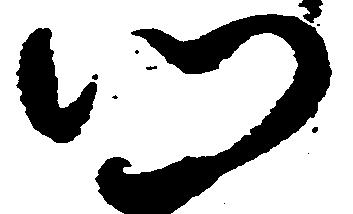
門